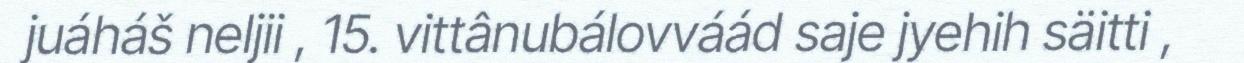
juáháš neljii , 15. vittânubálovváád saje jyehih säitti ,